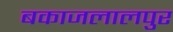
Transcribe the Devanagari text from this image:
बकाजलालपुर